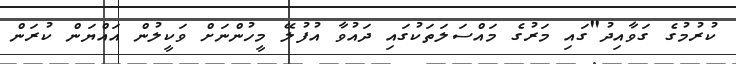
ކުރުމުގެ ގަވާއިދު"ގައި މަރުގެ މައްސަލަތަކުގައި ދައުވާ އުފުލޭ މީހުންނަށް ވަކީލުން އައްޔަން ކުރަން